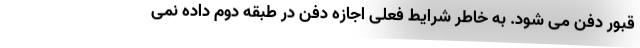
قبور دفن می شود. به خاطر شرایط فعلی اجازه دفن در طبقه دوم داده نمی